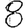
Digit: 8